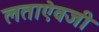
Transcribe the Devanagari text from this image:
लताऐवजी